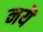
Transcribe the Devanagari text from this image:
नयॆ